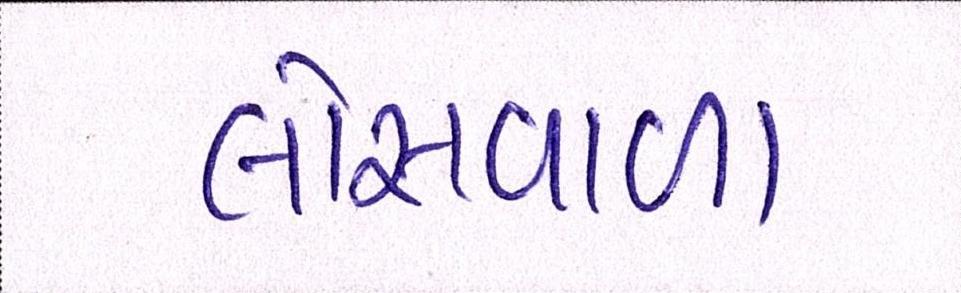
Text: લોસવાળા